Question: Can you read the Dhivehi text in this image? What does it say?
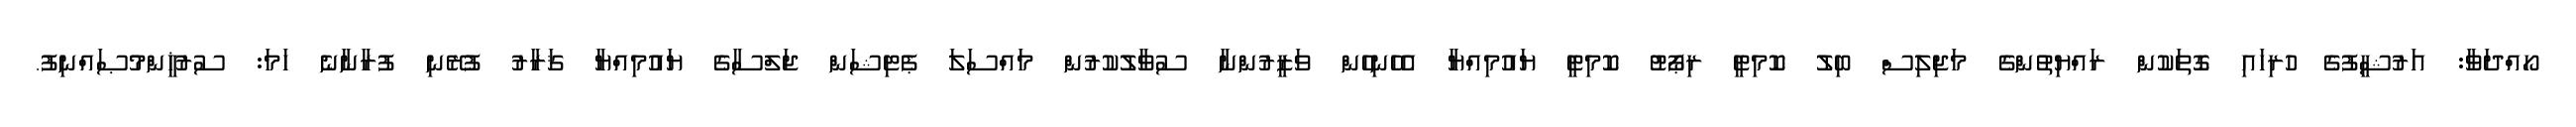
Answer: ހޯއްދަވާ: އަރުޝީފުގެ ހުރިހައި ގޮތަކުން ރައްޔިތުންގެ މަޖިލިސް ބިލު ކޮމިޓީ ރިޕޯޓު ކޮމިޓީ ޔައުމިއްޔާ އެހެނިހެން ވަޒީރުންނާ ސުވާލުކުރުން މައްސަލަ ޕެޓިޝަން ޖަލްސާގެ ޔައުމިއްޔާ ޤަރާރު ފުރޭނި ފުރާނާނެ ހަމަ: ސުރުޚީންމުޞައްނިފު.